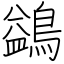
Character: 鷁